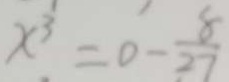
x ^ { 3 } = 0 - \frac { 8 } { 2 7 }